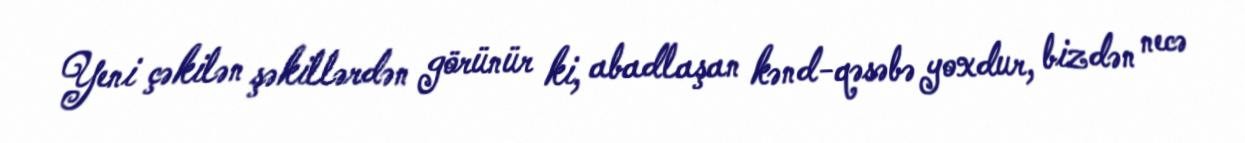
Yeni çəkilən şəkillərdən görünür ki, abadlaşan kənd-qəsəbə yoxdur, bizdən necə